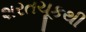
શરતચૂકથી